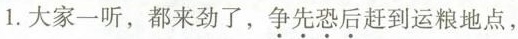
1.大家一听，都来劲了，\underset{·}{争}\underset{·}{先}\underset{·}{恐}\underset{·}{后}赶到运粮地点，